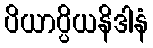
ပိယာပ္ပိယနိဒါနံ